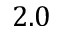
2 . 0